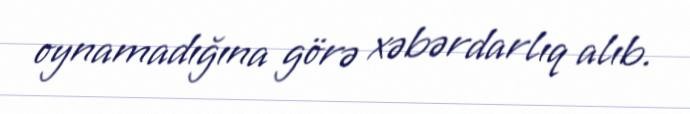
oynamadığına görə xəbərdarlıq alıb.